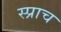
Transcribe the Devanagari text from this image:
स्प्राच